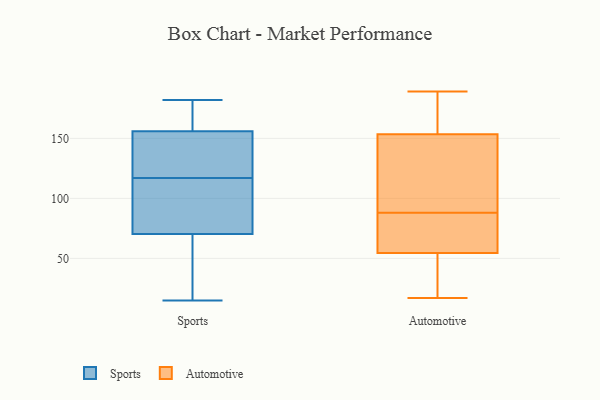
{"axis": {"x": "Page Views", "y": "Value"}, "legend": ["Automotive", "Sports"], "data": [{"x": "", "y": 61, "type": "Sports"}, {"x": "", "y": 98, "type": "Sports"}, {"x": "", "y": 25, "type": "Sports"}, {"x": "", "y": 15, "type": "Sports"}, {"x": "", "y": 182, "type": "Sports"}, {"x": "", "y": 162, "type": "Sports"}, {"x": "", "y": 138, "type": "Sports"}, {"x": "", "y": 117, "type": "Sports"}, {"x": "", "y": 112, "type": "Sports"}, {"x": "", "y": 169, "type": "Sports"}, {"x": "", "y": 137, "type": "Sports"}, {"x": "", "y": 110, "type": "Automotive"}, {"x": "", "y": 158, "type": "Automotive"}, {"x": "", "y": 72, "type": "Automotive"}, {"x": "", "y": 24, "type": "Automotive"}, {"x": "", "y": 189, "type": "Automotive"}, {"x": "", "y": 17, "type": "Automotive"}, {"x": "", "y": 88, "type": "Automotive"}, {"x": "", "y": 62, "type": "Automotive"}, {"x": "", "y": 152, "type": "Automotive"}, {"x": "", "y": 80, "type": "Automotive"}, {"x": "", "y": 159, "type": "Automotive"}, {"x": "", "y": 135, "type": "Automotive"}, {"x": "", "y": 32, "type": "Automotive"}]}